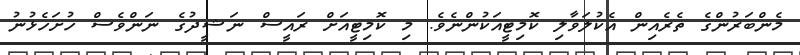
މެންބަރުންގެ ތެރެއިން އެކުލަވާލި ކޮމިޓީއަކުންނެވެ. މި ކޮމިޓީއަށް ރައީސް ނަޝީދުގެ ނަންވެސް ހުށަހެޅުނު